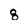
Character: 8